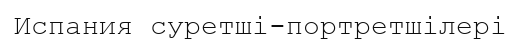
Испания суретші-портретшілері